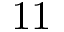
1 1